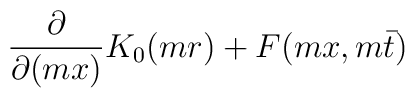
\frac{\partial}{\partial (m x)} K_0(m r) +F(m x,m\bar t)